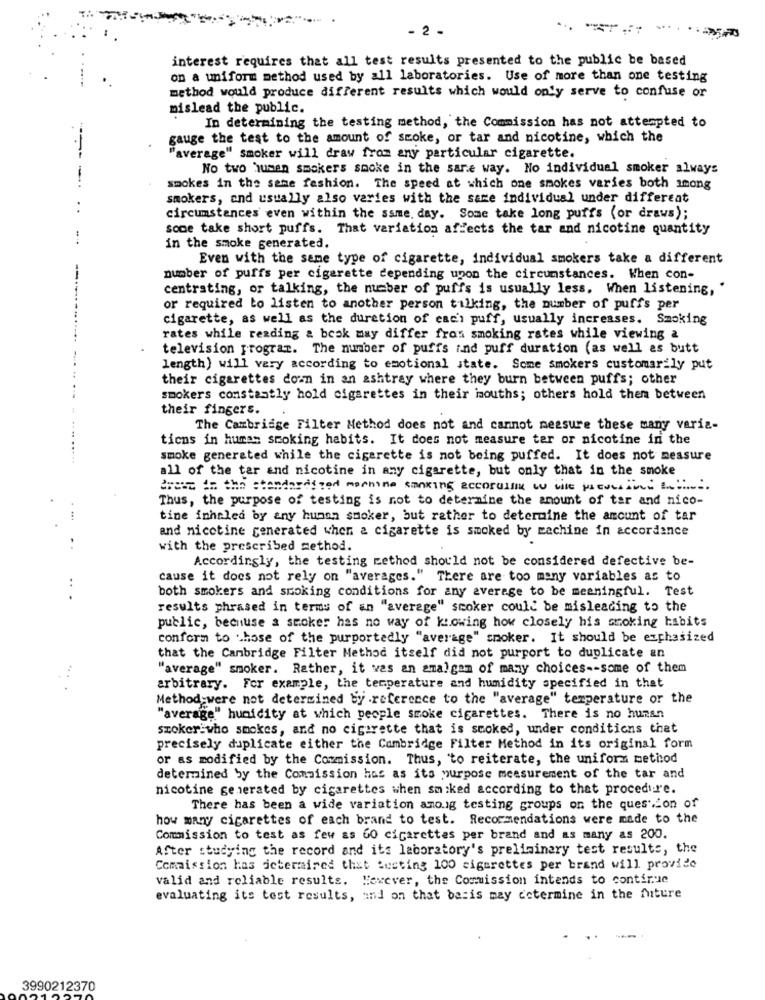
- 2 -
interest requires that all test results presented to the public be based
on a uniform method used by all laboratories. Use of more than one testing
method would produce different results which would only serve to confuse or
mislead the public.
In determining the testing method, the Commission has not attempted to
gauge the test to the amount of smoke, or tar and nicotine, which the
"average" smoker will draw from any particular cigarette.
No two husen smokers smoke in the sare way. No individual smoker always
smokes in the same fashion. The speed at which one smokes varies both among
smokers, and usually also varies with the same individual under different
circumstances even within the same. day. Some take long puffs (or draws);
some take short puffs. That variation affects the tar and nicotine quantity
in the smoke generated.
Even with the same type of cigarette, individual smokers take a different
number of puffs per cigarette depending upon the circumstances. When con-
centrating, or talking, the number of puffs is usually less. When listening, "
or required to listen to another person talking, the number of puffs per
cigarette, as well as the duration of caci puff, usually increases. Smoking
rates while reading & book may differ from smoking rates while viewing &
television program. The number of puffs ind puff duration (as well as butt
length) will vary according to emotional state. Some smokers customarily put
their cigarettes down in an ashtray where they burn between puffs; other
smokers constantly hold cigarettes in their mouths; others hold them between
their fingers.
The Cambridge Filter Method does not and cannot measure these many varia-
tions in human smoking habits. It does not measure ter or nicotine in the
smoke generated while the cigarette is not being puffed. It does not measure
all of the tar and nicotine in any cigarette, but only that in the smoke
Breve in the standardized machine sanking accorultime t vile previsioni
Thus, the purpose of testing is not to determine the amount of tar and nico-
tine inhaled by any hunon smoker, but rather to determine the amount of tar
and nicotine generated when a cigarette is smoked by machine in accordance
. .
with the prescribed method.
Accordingly, the testing method should not be considered defective be-
cause it does not rely on "averages." There are too many variables as to
..
both smokers and smoking conditions for any average to be meaningful. Test
results phrased in terms of an "average" scoker could be misleading to the
public, because a smoker has no way of knowing how closely his smoking habits
conform to those of the purportedly "average" smoker. It should be ezphasized
that the Cambridge Filter Method itself did not purport to duplicate an
"average" smoker. Rather, it vas an amalgam of many choices -- some of them
.. .
arbitrary. For example, the temperature and humidity specified in that
Method were not determined by .reference to the "average" temperature or the
"average" humidity at which people smoke cigarettes. There is no human
szoker:who smokes, and no cigarette that is smoked, under conditions that
precisely duplicate either the Cambridge Filter Method in its original form
or as modified by the Commission. Thus, to reiterate, the unifora method
determined by the Commission has as its purpose measurement of the tar and
nicotine generated by cigarettes when smoked according to that procedure.
There has been a wide variation amo.ig testing groups on the question of
how many cigarettes of each brand to test. Recommendations were made to the
Commission to test as few as 60 cigarettes per brand and as many as 200.
After studying the record and its laboratory's preliminary test results, the
Commission has determined that busting 100 cigarettes per brand will provide
valid and reliable results. Hexever, the Commission intends to continue
evaluating its test results, and on that basis may cetermine in the future
3990212370